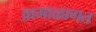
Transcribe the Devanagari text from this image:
आभाळागत